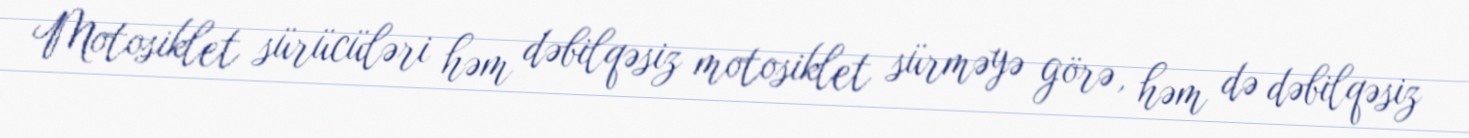
Motosiklet sürücüləri həm dəbilqəsiz motosiklet sürməyə görə, həm də dəbilqəsiz